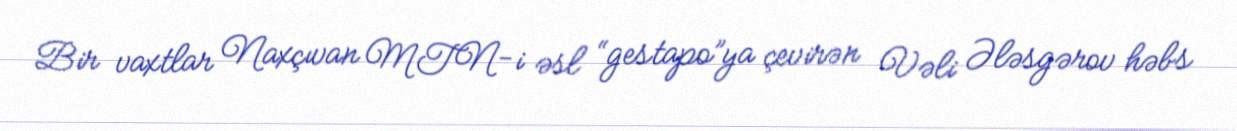
Bir vaxtlar Naxçıvan MTN-i əsl “gestapo”ya çevirən Vəli Ələsgərov həbs